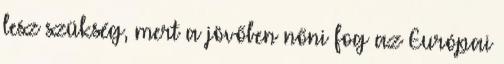
lesz szükség, mert a jövőben nőni fog az Európai